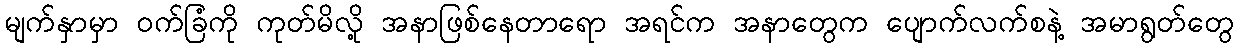
မျက်နှာမှာ ဝက်ခြံကို ကုတ်မိလို့ အနာဖြစ်နေတာရော အရင်က အနာတွေက ပျောက်လက်စနဲ့ အမာရွတ်တွေ